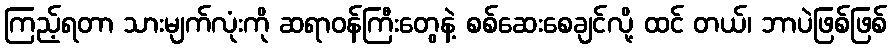
ကြည့်ရတာ သားမျက်လုံးကို ဆရာဝန်ကြီးတွေနဲ့ စစ်ဆေးစေချင်လို့ ထင် တယ်၊ ဘာပဲဖြစ်ဖြစ်